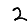
Digit: 2